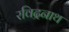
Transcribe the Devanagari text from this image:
रविद्रनाथ